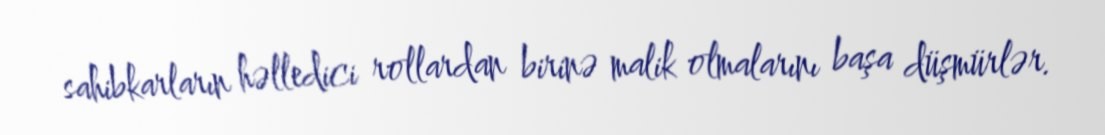
sahibkarların həlledici rollardan birinə malik olmalarını başa düşmürlər.